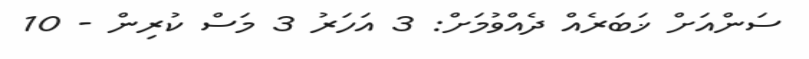
ސަންއަށް ޚަބަރެއް ދެއްވުމަށް: 3 އަހަރު 3 މަސް ކުރިން - 10